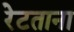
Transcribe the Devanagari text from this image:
रेटताना